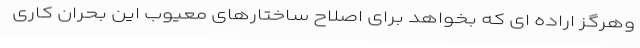
وهرگز اراده ای که بخواهد برای اصلاح ساختارهای معیوب این بحران کاری